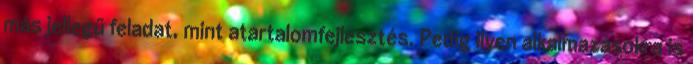
más jellegű feladat, mint atartalomfejlesztés. Pedig ilyen alkalmazásokra is